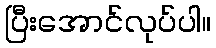
ပြီးအောင်လုပ်ပါ။